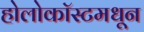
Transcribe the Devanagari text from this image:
होलोकॉस्टमधून